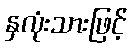
နှလုံးသားဖြင့်